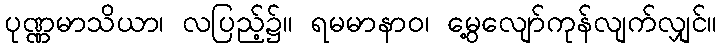
ပုဏ္ဏမာသိယာ၊ လပြည့်၌။ ရမမာနာဝ၊ မွေ့လျော်ကုန်လျက်လျှင်။